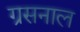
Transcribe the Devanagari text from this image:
ग्रसनाल